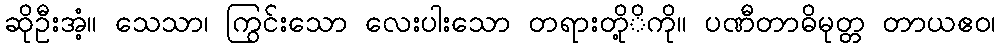
ဆိုဦးအံ့။ သေသာ၊ ကြွင်းသော လေးပါးသော တရားတို့ိကို။ ပဏီတာဓိမုတ္တ တာယဧဝ၊